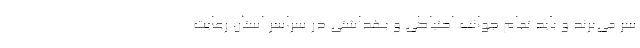
سر می‌برند و باید تمام جوانب احتیاطی و بهداشتی در سراسر استان رعایت